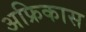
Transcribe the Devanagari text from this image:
अफ्रिकास